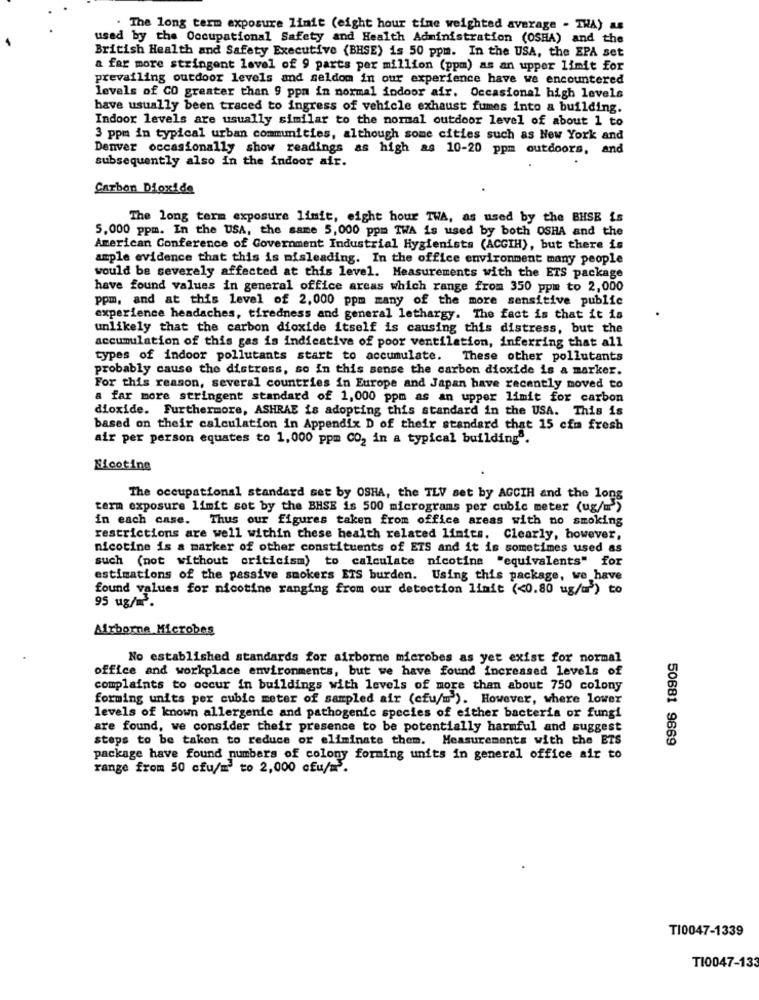
. The long term exposure limit (eight hour tine weighted average - THA) as
used by the Occupational Safety and Health Administration (OSHA) and the
British Health and Safety Executive (BHSE) is 50 ppm. In the USA, the EPA set
a far more stringent level of 9 parts per million (ppm) as an upper limit for
prevailing outdoor levels and seldom in our experience have we encountered
levels of CO greater than 9 ppa in normal indoor air. Occasional high levels
have usually been traced to ingress of vehicle exhaust fumes into a building.
Indoor levels are usually similar to the normal outdoor level of about 1 to
3 ppm in typical urban communities, although some cities such as New York and
Denver occasionally show readings as high as 10-20 ppm outdoors, and
subsequently also In the indoor air.
Carbon Dioxide
The long term exposure limit, eight hour TWA, as used by the BHSE is
5,000 ppm. In the USA, the same 5,000 ppm TWA is used by both OSHA and the
American Conference of Government Industrial Hygienists (ACGIH), but there is
ample evidence that this is misleading. In the office environment many people
would be severely affected at this level. Measurements with the ETS package
have found values in general office areas which range from 350 ppm to 2,000
ppm, and at this level of 2,000 ppm many of the more sensitive public
experience headaches, tiredness and general lethargy. The fact is that it is
unlikely that the carbon dioxide itself is causing this distress, but the
accumulation of this gas is indicative of poor ventilation, inferring that all
types of indoor pollutants start to accumulate. These other pollutants
probably cause the distress, so In this sense the carbon dioxide is a marker.
For this reason, several countries in Europe and Japan have recently moved to
a far more stringent standard of 1,000 ppm as an upper limit for carbon
dioxide. Furthermore, ASHRAE is adopting this standard in the USA. This is
based on their calculation in Appendix D of their standard that 15 cim fresh
air per person equates to 1,000 ppm CO2 in a typical building".
Nicotine
The occupational standard set by OSHA, the TLV set by AGCIH and the long
term exposure limit set by the BHSE is 500 micrograms per cubic meter (ug/m')
in each case. Thus our figures taken from office areas with no smoking
restrictions are well within these health related limits. Clearly, however,
nicotine is a marker of other constituents of ETS and it is sometimes used as
such (not without criticism) to calculate nicotina "equivalents" for
estimations of the passive smokers ETS burden. Using this package, we have
found values for nicotine ranging from our detection limit (<0.80 ug/u ) to
95 ug/m.
Airborne Microbes
No established standards for airborne microbes as yet exist for normal
office and workplace environments, but we have found increased levels of
complaints to occur in buildings with levels of more than about 750 colony
forming units per cubic meter of sampled air (cfu/m'). However, where lower
levels of known allergenie and pathogenic species of either bacteria or fungi
are found, we consider their presence to be potentially harmful and suggest
steps to be taken to reduce or eliminate them. Measurements with the ETS
50681 9869
package have found numbers of colony forming units in general office air to
range from 50 cfu/m to 2,000 cfu/m .
TI0047-1339
TI0047-133